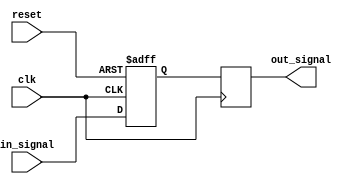
module inverter_delay (
  input wire clk,
  input wire reset,
  input wire in_signal,
  output reg out_signal
);

reg delayed_signal;

always @(posedge clk or posedge reset) begin
  if (reset) begin
    delayed_signal <= 1'b0;
  end else begin
    delayed_signal <= #1 in_signal;
  end
end

always @(posedge clk) begin
  out_signal <= delayed_signal;
end

endmodule